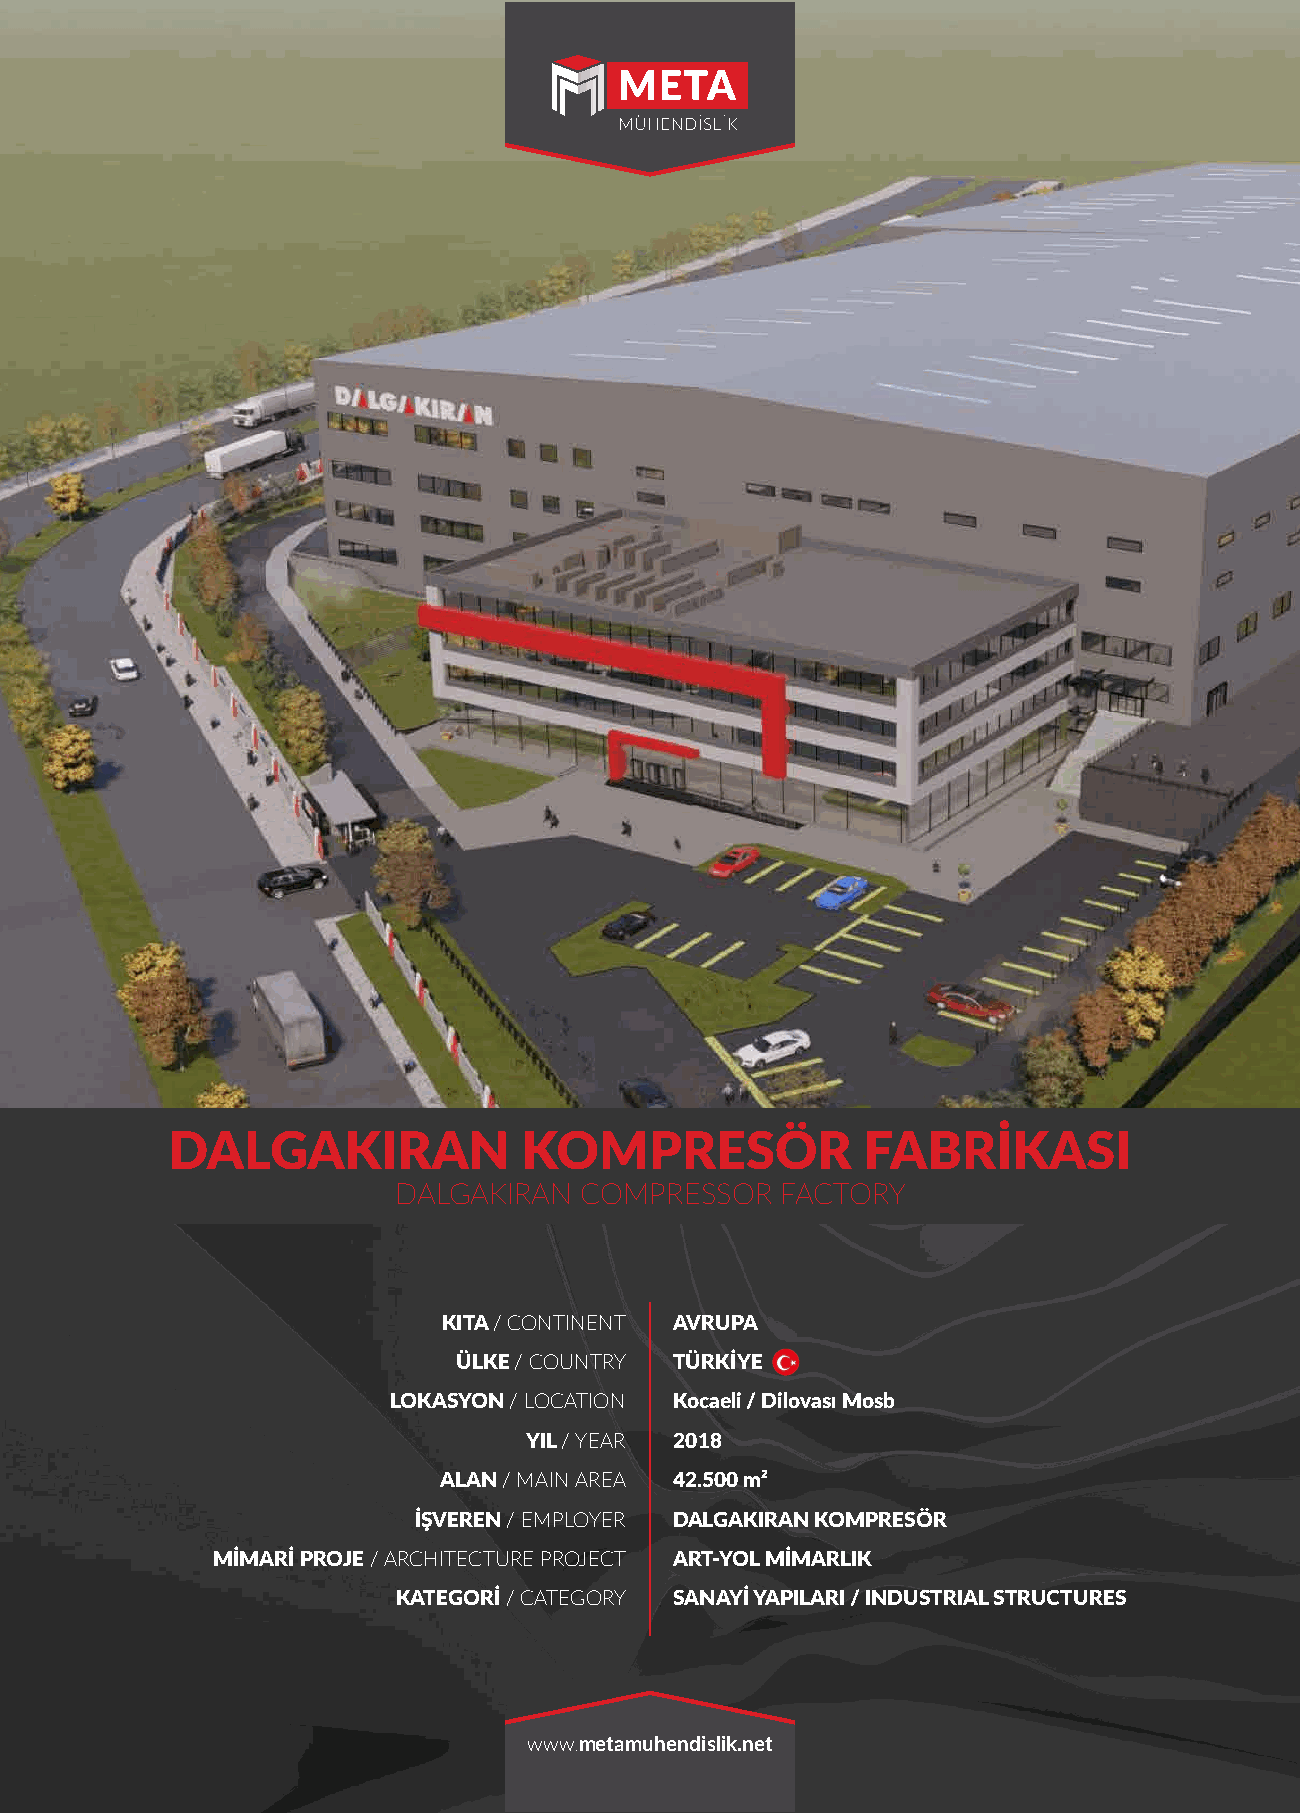
DALGAKIRAN             KOMPRESÖR              FABRİKASI
 DALGAKIRAN  COMPRESSOR    FACTORY
 KITA / CONTINENT AVRUPA
 ÜLKE / COUNTRY TÜRKİYE
 LOKASYON / LOCATION Kocaeli / Dilovası Mosb
 YIL / YEAR 2018
 ALAN / MAIN AREA 42.500 m²
 İŞVEREN / EMPLOYER DALGAKIRAN KOMPRESÖR
 MİMARİ PROJE / ARCHITECTURE PROJECT ART-YOL MİMARLIK
 KATEGORİ / CATEGORY SANAYİ YAPILARI / INDUSTRIAL STRUCTURES
 www.metamuhendislik.net